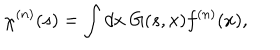
LaTeX: \chi ^ { ( n ) } ( s ) = \int d x \; G ( s , x ) f ^ { ( n ) } ( x ) ,